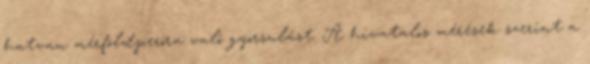
hatvan mérföldperóra való gyorsulást. A hivatalos mérések szerint a